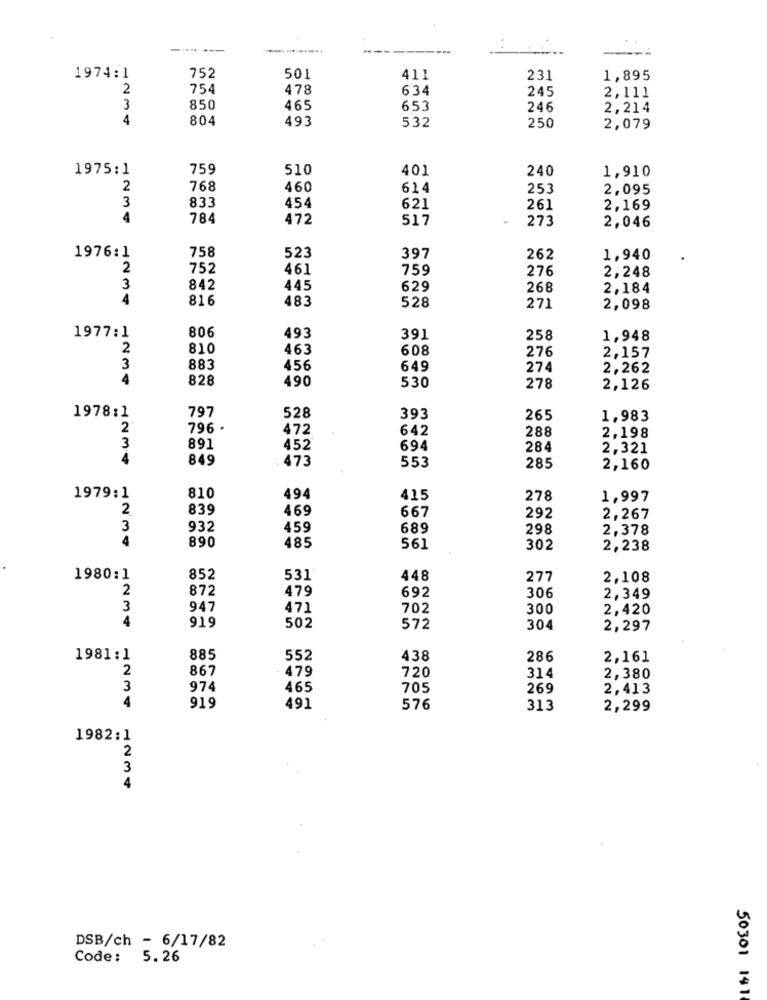
:
1974:1
752
501
411
231
1,895
2
754
478
634
245
2,111
3
850
465
653
246
2,214
4
804
493
532
250
2,079
1975:1
759
510
401
240
1,910
2
768
460
614
253
2,095
3
833
454
621
261
2,169
4
784
472
517
273
2,046
1976:1
758
523
397
262
1,940
2
752
461
759
276
2,248
3
842
445
629
268
2,184
4
816
483
528
271
2,098
493
1977:1
806
391
258
1,948
2
810
463
608
276
2,157
3
883
456
649
274
2,262
4
828
490
530
278
2,126
1978:1
797
528
393
265
1,983
2
796 .
472
642
288
3
2,198
891
452
694
284
2,321
4
849
473
553
285
2,160
1979:1
810
494
415
278
1,997
2
839
469
667
292
2,267
3
932
459
689
298
2,378
4
890
485
561
302
2,238
1980:1
852
531'
448
277
2,108
2
872
479
692
306
2,349
3
947
471
702
300
2,420
4
919
502
572
304
2,297
1981:1
885
552
438
286
2,161
2
867
479
720
314
2,380
3
974
465
705
269
2,413
4
919
491
576
313
2,299
1982:1
2
3
4
DSB/ch - 6/17/82
Code:
5.26
50301 141